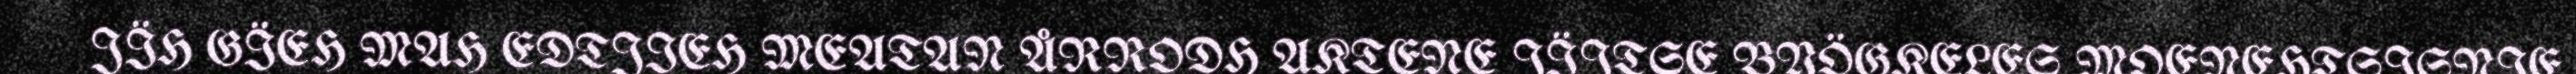
JÏH GÏEH MAH EDTJIEH MEATAN ÅRRODH AKTENE JÏJTSE BYÖGKELES MOENEHTSISNIE